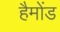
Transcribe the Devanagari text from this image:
हैमोंड